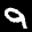
Label: 9